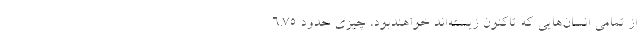
از تمامی ‌انسان‌هایی که تاکنون زیسته‌اند خواهندبود، چیزی حدود ۶.۷۵